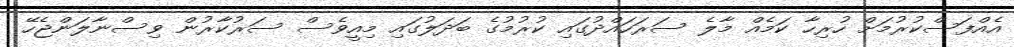
އެއްފަސްކުރުމަށް ހުރިހާ ކަމެއް މާލެ ސަރަހައްދުގައި ކުރުމުގެ ބަދަލުގައި މިއީވެސް ސަރުކާރުން ވިސްނާލަންޖެހޭ